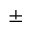
\pm